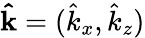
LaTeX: \mathbf{\hat{k}}=(\hat{k}_{x},\hat{k}_{z})